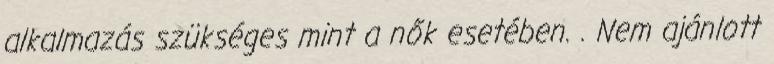
alkalmazás szükséges mint a nők esetében. . Nem ajánlott